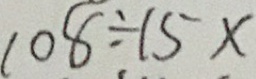
1 0 8 \div 1 5 x